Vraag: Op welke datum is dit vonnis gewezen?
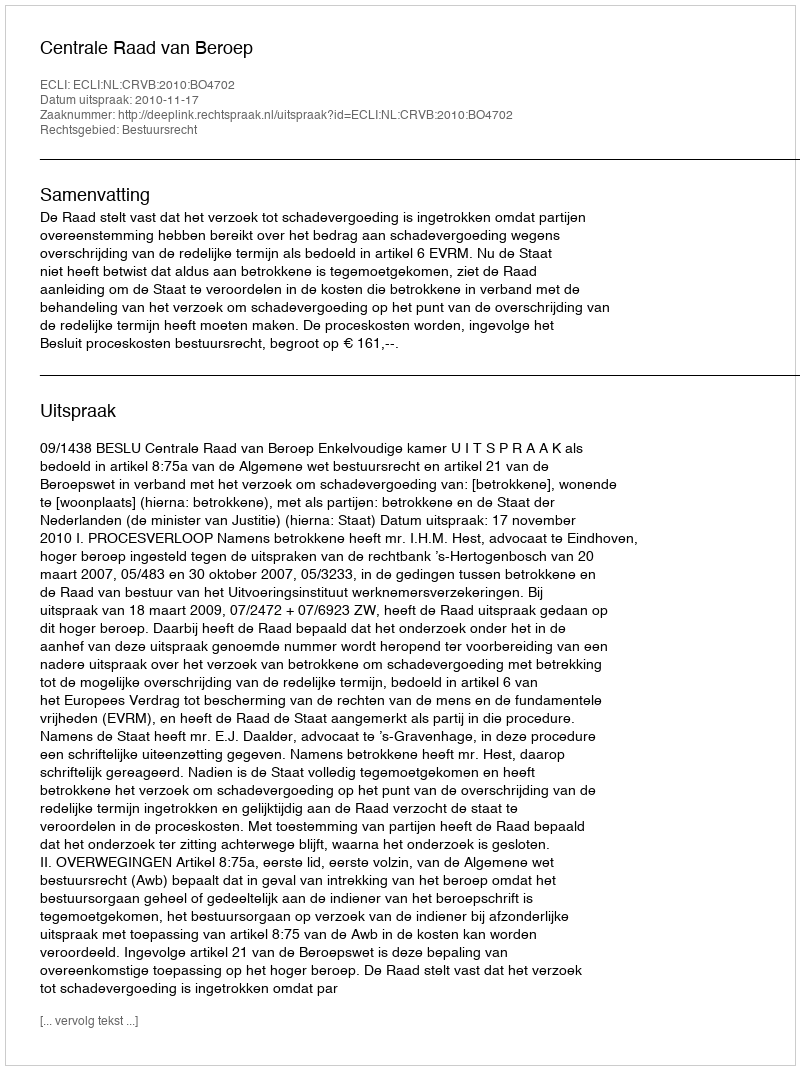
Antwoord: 2010-11-17